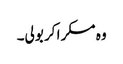
وہ مسکرا کر بولی۔